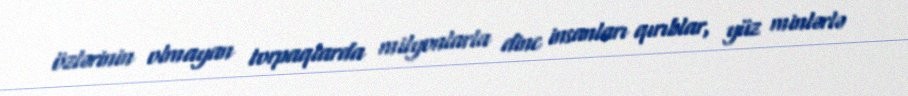
özlərinin olmayan torpaqlarda milyonlarla dinc insanları qırıblar, yüz minlərlə